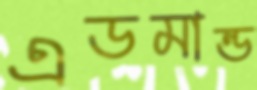
এডমান্ড